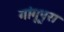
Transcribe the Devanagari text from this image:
गांगूपुरा